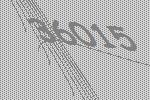
36015